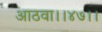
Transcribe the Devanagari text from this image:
आठवा।।४७।।